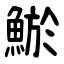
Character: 鯲